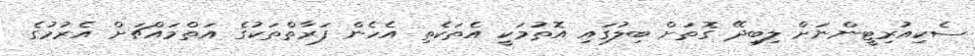
ސެކިއުރިޓީންނަށް ލިބިދޭ ގޮތަށް ބިލުގައި އޮތުމަކީ އެތަކެތި އެހެން ފަރާތްތަކުގެ އަތްމައްޗަށް އެރުމުގެ